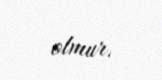
olmur.